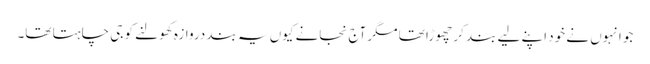
جو انہوں نے خود اپنے لیے بند کر چھوڑا تھا مگر آج نجانے کیوں یہ بند دروازہ کھولنے کو جی چاہتا تھا۔